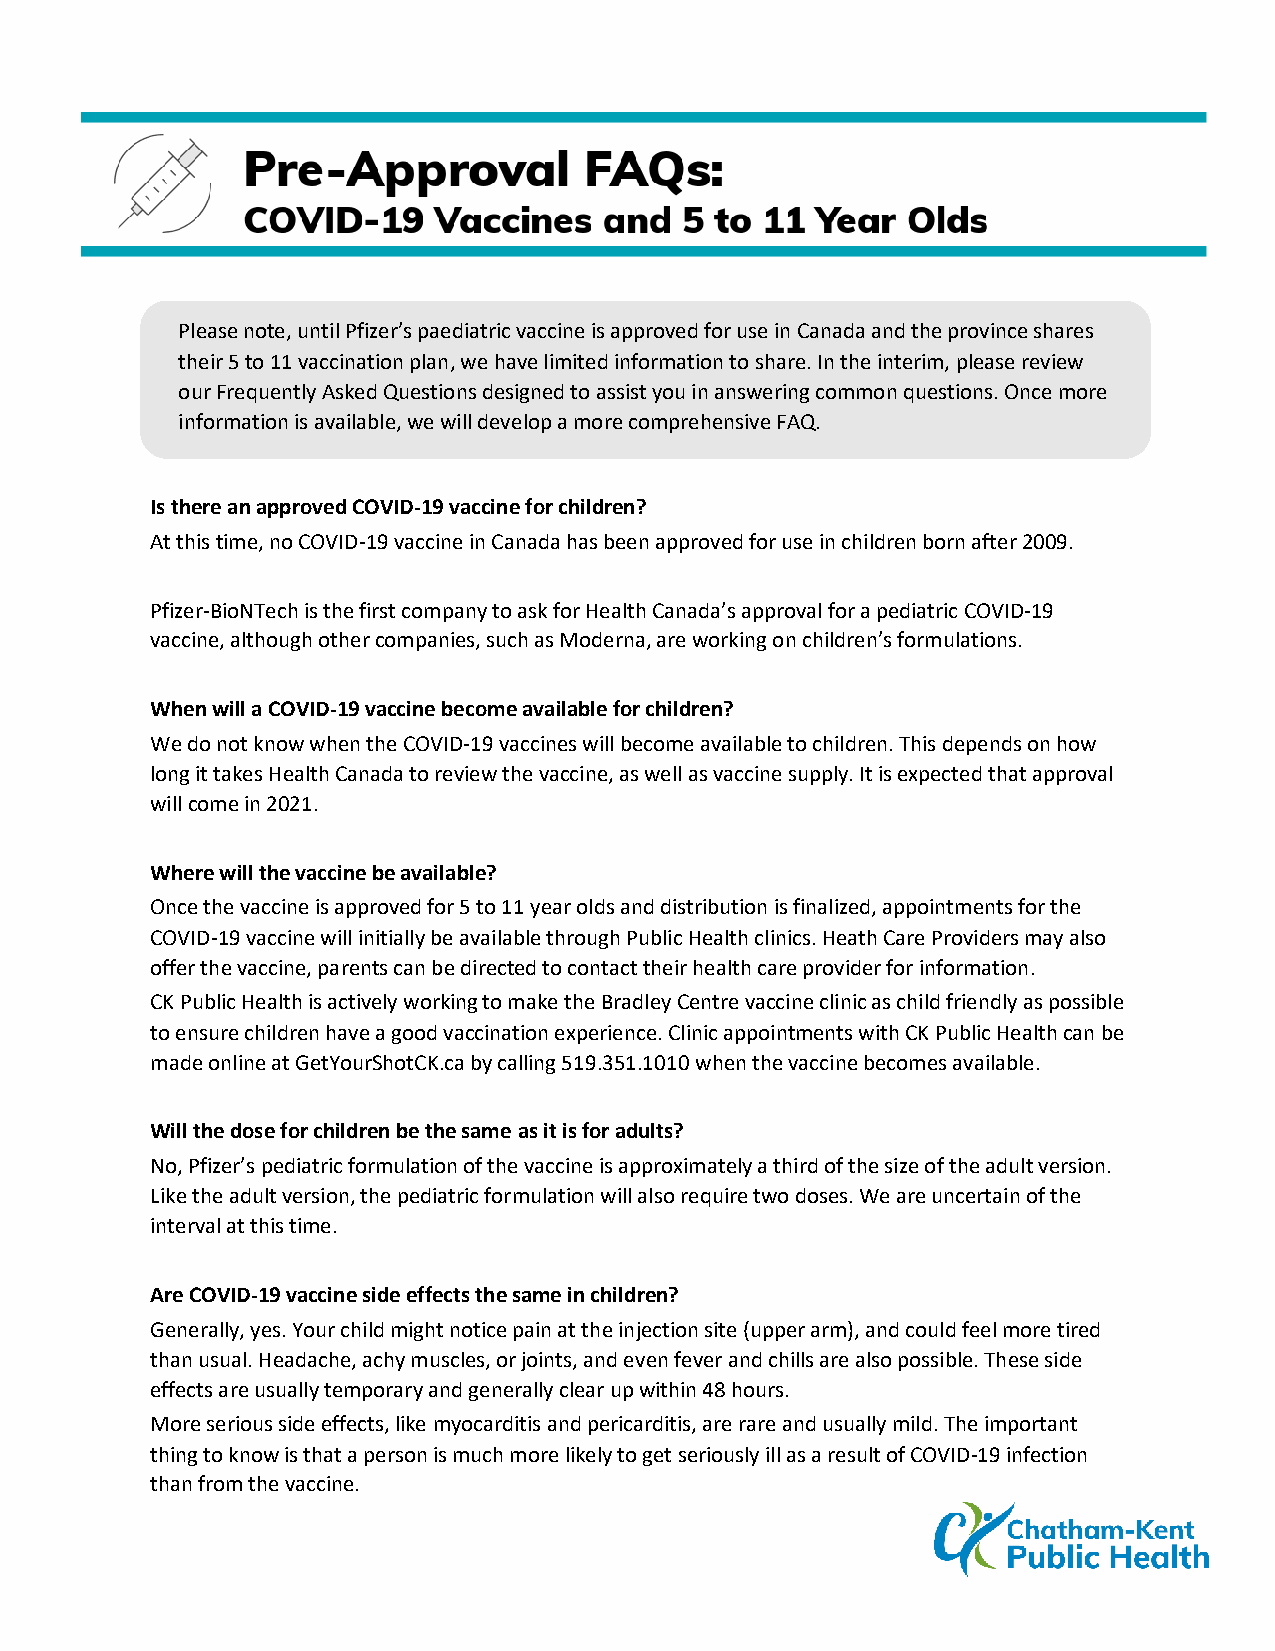
Please note, until Pfizer’s paediatric vaccine is approved for use in Canada and the province shares
 their 5 to 11 vaccination plan, we have limited information to share. In the interim, please review
 our Frequently Asked Questions designed to assist you in answering common questions. Once more
 information is available, we will develop a more comprehensive FAQ.
 Is there an approved COVID-19 vaccine for children?
 At this time, no COVID-19 vaccine in Canada has been approved for use in children born after 2009.
 Pfizer-BioNTech is the first company to ask for Health Canada’s approval for a pediatric COVID-19
 vaccine, although other companies, such as Moderna, are working on children’s formulations.
 When will a COVID-19 vaccine become available for children?
 We do not know when the COVID-19 vaccines will become available to children. This depends on how
 long it takes Health Canada to review the vaccine, as well as vaccine supply. It is expected that approval
 will come in 2021.
 Where will the vaccine be available?
 Once the vaccine is approved for 5 to 11 year olds and distribution is finalized, appointments for the
 COVID-19 vaccine will initially be available through Public Health clinics. Heath Care Providers may also
 offer the vaccine, parents can be directed to contact their health care provider for information.
 CK Public Health is actively working to make the Bradley Centre vaccine clinic as child friendly as possible
 to ensure children have a good vaccination experience. Clinic appointments with CK Public Health can be
 made online at GetYourShotCK.ca by calling 519.351.1010 when the vaccine becomes available.
 Will the dose for children be the same as it is for adults?
 No, Pfizer’s pediatric formulation of the vaccine is approximately a third of the size of the adult version.
 Like the adult version, the pediatric formulation will also require two doses. We are uncertain of the
 interval at this time.
 Are COVID-19 vaccine side effects the same in children?
 Generally, yes. Your child might notice pain at the injection site (upper arm), and could feel more tired
 than usual. Headache, achy muscles, or joints, and even fever and chills are also possible. These side
 effects are usually temporary and generally clear up within 48 hours.
 More serious side effects, like myocarditis and pericarditis, are rare and usually mild. The important
 thing to know is that a person is much more likely to get seriously ill as a result of COVID-19 infection
 than from the vaccine.